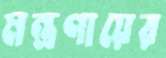
মন্ত্রণায়ের